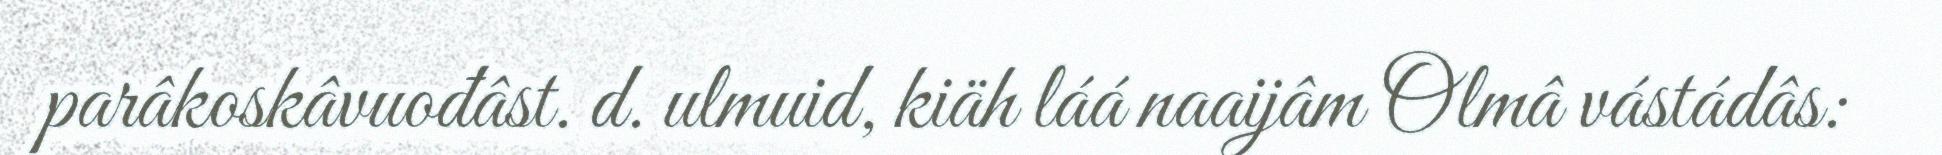
parâkoskâvuođâst. d. ulmuid, kiäh láá naaijâm Olmâ vástádâs: